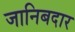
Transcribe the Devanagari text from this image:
जानिबदार